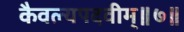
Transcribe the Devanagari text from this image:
कैवल्यपदवीम्॥७॥